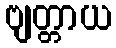
ဗျတ္တာယ